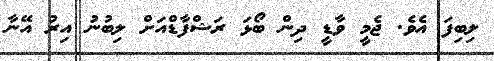
ލިބިފަ އެވެ. ޖެމީ ވާޑީ ދިން ބޯޅަ ރަޝްފާޑްއަށް ލިބުނު އިރު އޭނާ